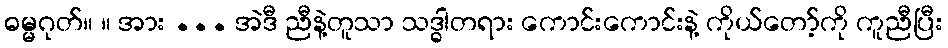
ဓမ္မဂုတ်။ ။ အား ... အဲဒီ ညီနဲ့တူသာ သဒ္ဓါတရား ကောင်းကောင်းနဲ့ ကိုယ်တော့်ကို ကူညီပြီး